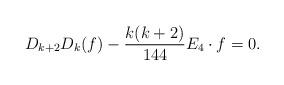
LaTeX: \begin{align*}D_{k+2}D_k(f)-\frac {k(k+2)}{144}E_4\cdot f=0.\end{align*}